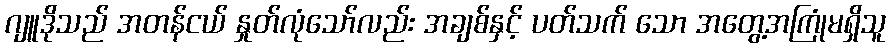
ဂျူဒိုသည် အတန်ငယ် နှုတ်လုံသော်လည်း အချစ်နှင့် ပတ်သက် သော အတွေ့အကြုံမရှိသူ